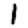
Digit: 1